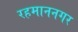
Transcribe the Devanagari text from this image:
रहमाननगर